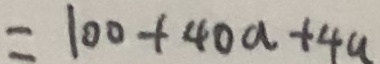
= 1 0 0 + 4 0 a + 4 a